Plague in India, 1896, 1897 - Volume 1
Year: 1896
Disease focus: Plague
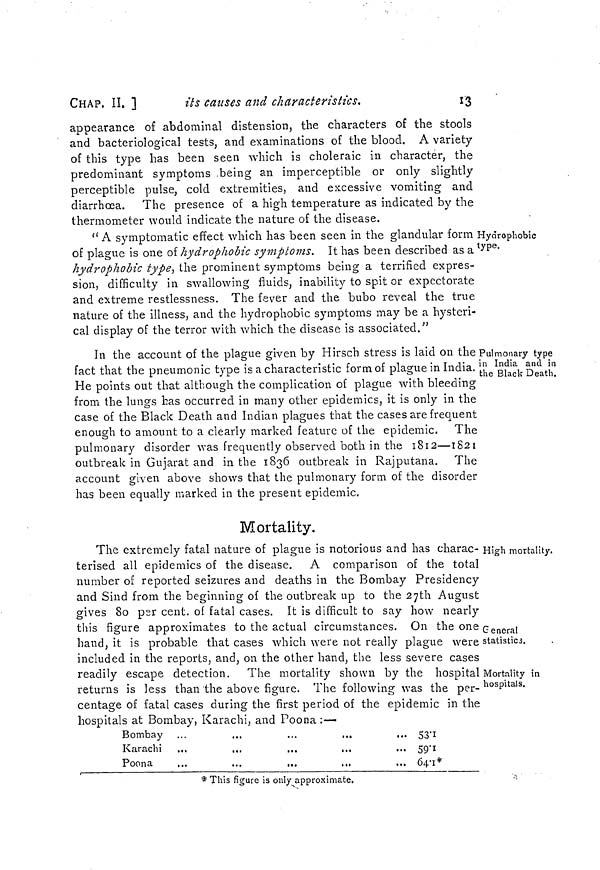
CHAP. II. ]
its causes and characteristics.
13
appearance of abdominal distension, the characters of the stools
and bacteriological tests, and examinations of the blood. A variety
of this type has been seen which is choleraic in character, the
predominant symptoms being an imperceptible or only slightly
perceptible pulse, cold extremities, and excessive vomiting and
diarrhoea. The presence of a high temperature as indicated by the
thermometer would indicate the nature of the disease.
Hydrophobie
type.
"A symptomatic effect which has been seen in the glandular form
of plague is one of hydrophobie symptoms. It has been described as a
Hydrophobie type, the prominent symptoms being a terrified expres-
sion, difficulty in swallowing fluids, inability to spit or expectorate
and extreme restlessness. The fever and the bubo reveal the true
nature of the illness, and the hydrophobic symptoms may be a hysteri-
cal display of the terror with which the disease is associated."
Pulmonary type
in India and in
the Black Death.
In the account of the plague given by Hirsch stress is laid on the
fact that the pneumonic type is a characteristic form of plague in India.
He points out that although the complication of plague with bleeding
from the lungs has occurred in many other epidemics, it is only in the
case of the Black Death and Indian plagues that the cases are frequent
enough to amount to a clearly marked feature of the epidemic. The
pulmonary disorder was frequently observed both in the 1812—1821
outbreak in Gujarat and in the 1836 outbreak in Raj putaña. The
account given above shows that the pulmonary form of the disorder
has been equally marked in the present epidemic.
Mortality.
High mortality.
General
statistics.
Mortality in
hospitals.
The extremely fatal nature of plague is notorious and has charac-
terised all epidemics of the disease. A comparison of the total
number of reported seizures and deaths in the Bombay Presidency
and Sind from the beginning of the outbreak up to the 27th August
gives 80 per cent. of fatal cases. It is difficult to say how nearly
this figure approximates to the actual circumstances. On the one
hand, it is probable that cases which were not really plague were
included in the reports, and, on the other hand, the less severe cases
readily escape detection. The mortality shown by the hospital
returns is less than the above figure. The following was the per-
centage of fatal cases during the first period of the epidemic in the
hospitals at Bombay, Karachi, and Poona :—
Bombay ...
...
.,.
...
...
Karachi ...
...
...
...
Poona
...
...
...
...
53 1
59 1
64 1*
* This figure is only approximate.